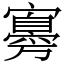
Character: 㝰